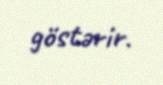
göstərir.